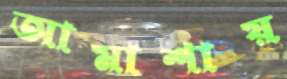
আমাশায়